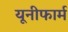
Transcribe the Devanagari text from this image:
यूनीफार्म